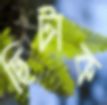
ছিটাক